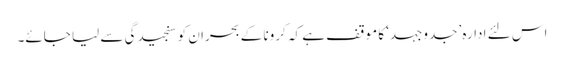
اس لئے ادارہ ’جدوجہد‘ کا موقف ہے کہ کرونا کے بحران کو سنجیدگی سے لیا جائے۔